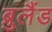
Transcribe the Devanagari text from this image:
ब्रुलैंड